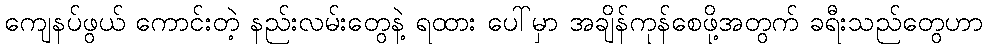
ကျေနပ်ဖွယ် ကောင်းတဲ့ နည်းလမ်းတွေနဲ့ ရထား ပေါ်မှာ အချိန်ကုန်စေဖို့အတွက် ခရီးသည်တွေဟာ